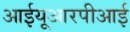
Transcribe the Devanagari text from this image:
आईयूआरपीआई